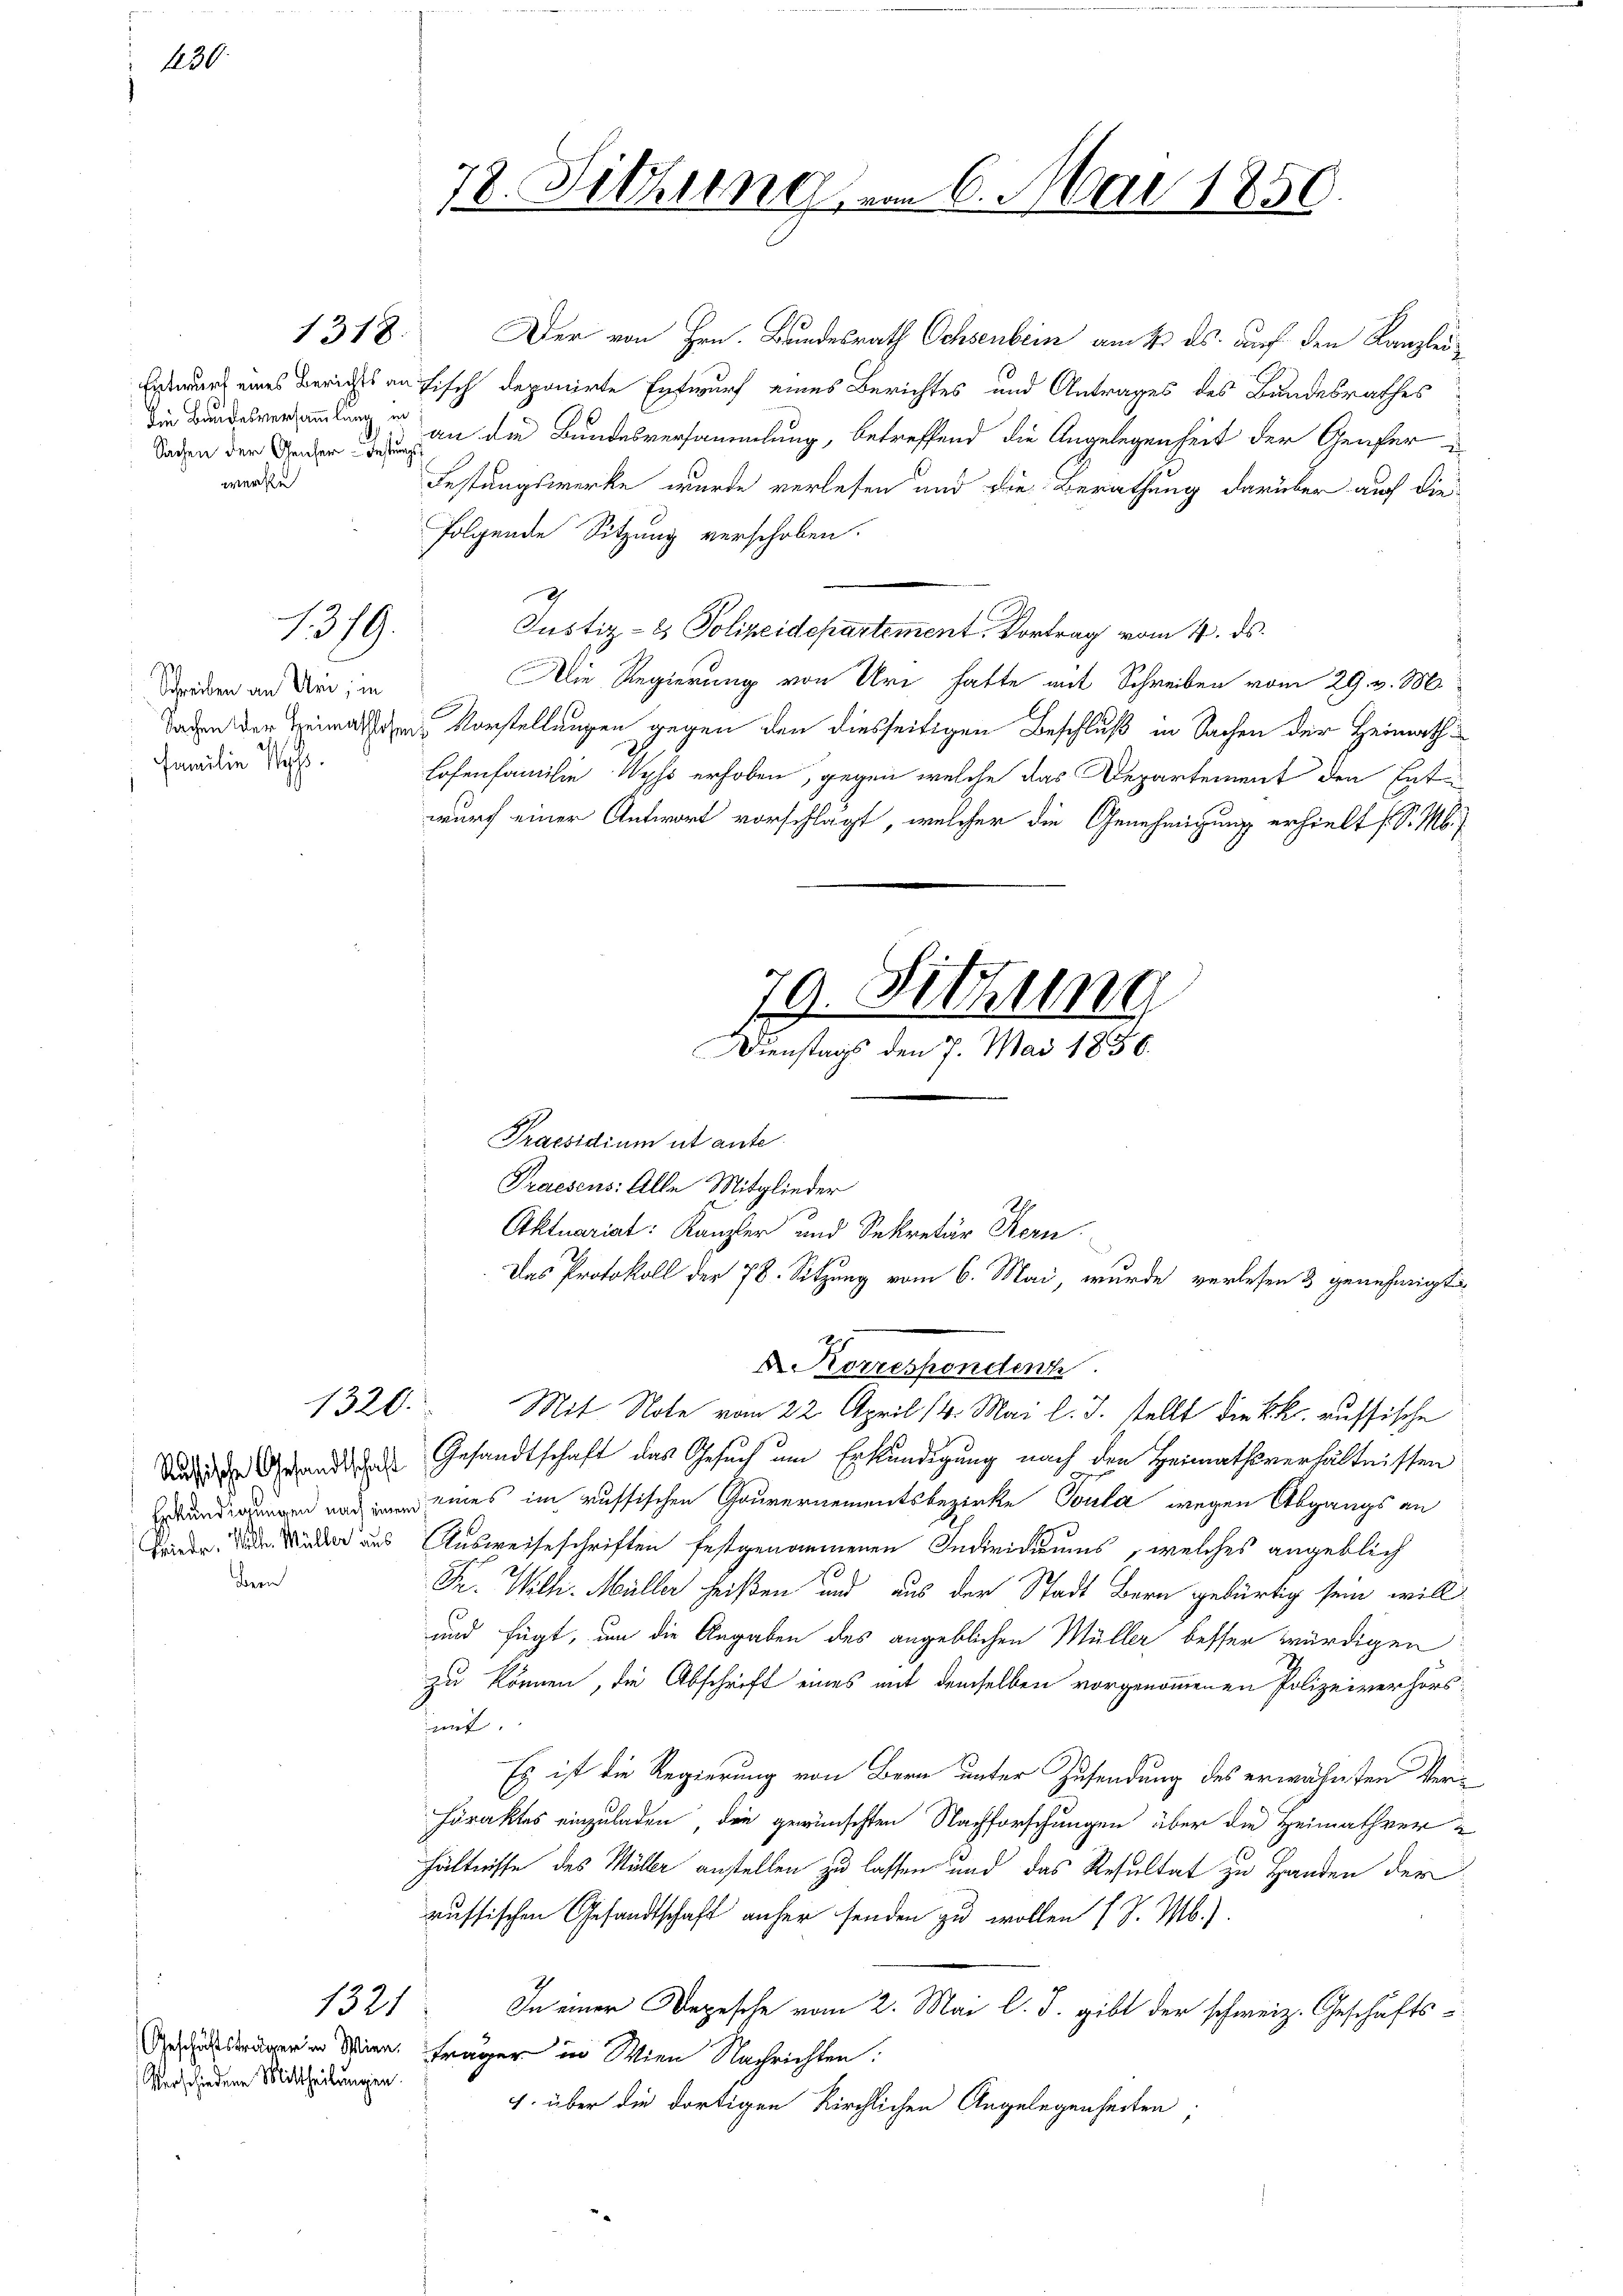
130

Sachen der Gener-Festung
werde

1318.

1379.

Schreiben an Uri, in
Familie Wass

1320.

Bern

1321

Verschiedene Mittheilungen.

78. Sitzung

Der von Hrn. Bundesrath Ochsenbein am 4. ds. auf den Kanzlei¬
Entwurf eines Berichts an Fisch deponirte Entwurf eines Berichtes und Antrages des Bundesrathes
i verandlung er an die Bundesversammlung, betreffend die Angelegenheit der Genfer¬
Festungswerke wurde verlesen und die Berathung darüber auch die
folgende Sitzung verschoben.
Justiz- & Polizeidepartement. Vortrag vom 4. ds.
Die Regierung von Uri hatte mit Schreiben vom 29. v. 186
Taden der Heimatschen Vorstellungen gegen den diesseitigen Beschluß in Sachen der Heimath
Lofenfamilie Wyss erhoben, gegen welche das Departement den Ent-
wurf einer Antwort vorschlägt, welcher die Genehmigung erhielt s. S. M.

Praesidium ut ante.
Praesens: Alle Mitglieder
Aktuariat: Kanzler und Sekretär Stern.
Das Protokoll der 78. Sitzung vom 6. Mai, wurde verlesen 3 genehmigt
Mit Note vom 22. April 14. Mai l. J. stellt die k.k. auffische
dedi der Gesandte Gesandtschaft das Gesuch um Erkundigung nach den Heimathsverhältnissen
 eines im russischen Gouvernementsbezirke Sonta wegen Abgangs an
Bde. Sie der aus Ausweiseschriften festgenommenen Individuums, welches angeblich
Fr. Wilh. Müller heißen und aus der Stadt Bern gebürtig sein will
und fügt, um die Angaben des angeblichen Müller besser würdigen
zu können, die Abschrift eines mit demselben vorgenommenen Polizeiverhörsint.
Es ist die Regierung von Bern unter Zusendung des erwähnten Veriharaktes einzuladen, die gewünschten Nachforschungen über die Heimathverhältnisse des Müller anstellen zu lassen und das Resultat zu Handen der
russischen Gesandtschaft anher senden zu wollen (S. M.).
In einer Depesche vom 2. Mai l. J. gibt der schweiz. Geschäfts-
Geträger in Wien. Frager in Wien Nachrichten.
1. über die dortigen Kirchlichen Angelegenheiten;

79. Sitzung
Dienstags den 7. Mai 1856.

m 6. Mai 1850

D. Korrespondent